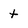
Character: t